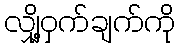
လျှို့ဝှက်ချက်ကို